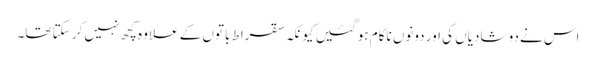
اس نے دو شادیاں کی اور دونوں ناکام ہو گئیں کیونکہ سقراط باتوں کے علاوہ کچھ نہیں کر سکتا تھا۔